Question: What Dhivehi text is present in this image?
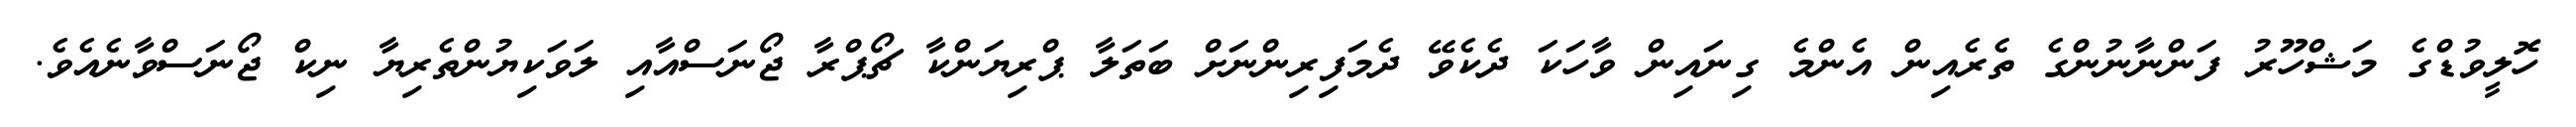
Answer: ހޮލީވުޑްގެ މަޝްހޫރު ފަންނާނުންގެ ތެރެއިން އެންމެ ގިނައިން ވާހަކަ ދެކެވޭ ދެމަފިރިންނަށް ބަތަލާ ޕްރިޔަންކާ ޗޯޕްރާ ޖޯނަސްއާއި ލަވަކިޔުންތެރިޔާ ނިކް ޖޯނަސްވާނެއެވެ.